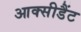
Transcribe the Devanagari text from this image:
आक्सीडैंट